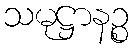
သမုဋ္ဌာနဉ္စ